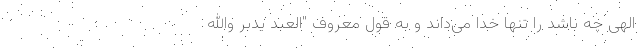
الهی چه باشد را تنها خدا می‌داند و به قول معروف "العبد یدبر والله